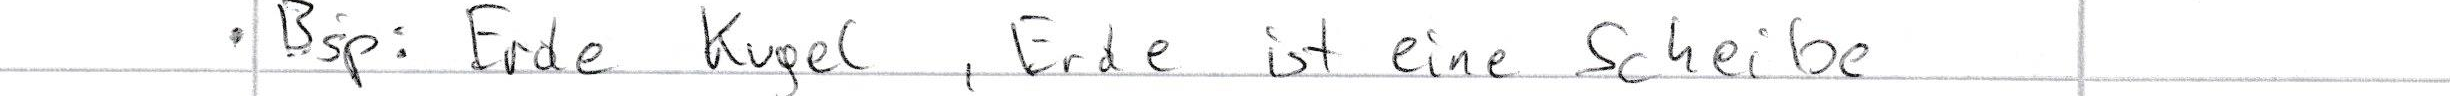
- Bsp: Erde Kugel, Erde ist eine Scheibe